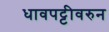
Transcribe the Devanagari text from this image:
धावपट्टीवरुन